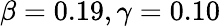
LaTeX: \beta=0.19,\gamma=0.10